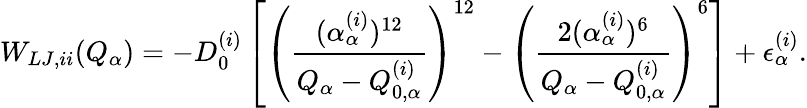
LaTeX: W_{LJ,ii}(Q_{\alpha})=-D_{0}^{(i)}\left[\left(\frac{(\alpha_{\alpha}^{(i)})^{12}}{Q_{\alpha}-Q_{0,\alpha}^{(i)}}\right)^{12}-\left(\frac{2(\alpha_{\alpha}^{(i)})^{6}}{Q_{\alpha}-Q_{0,\alpha}^{(i)}}\right)^{6}\right]+\epsilon_{\alpha}^{(i)}.